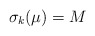
\begin{align*}\sigma_k(\mu)=M\end{align*}